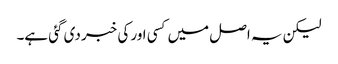
لیکن یہ اصل میں‌کسی اور کی خبر دی گئی ہے۔